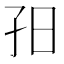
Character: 𡥌